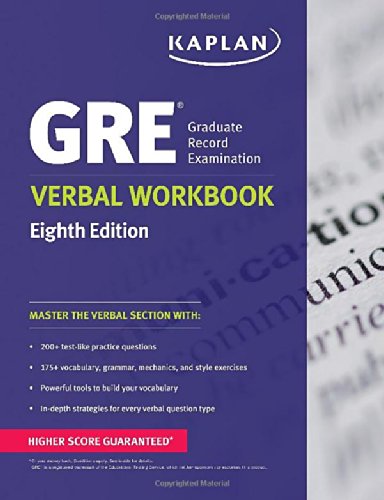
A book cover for GRE Verbal Workbook (Kaplan Test Prep); Kaplan; Test Preparation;